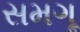
સમગૂ